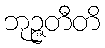
ဘုဉ္ဇတီတိ